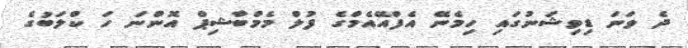
ދެ ވަނަ ޑިވިޝަނުގައި ހިމެނޭ އެފްއޭއެމްގެ ފުލް މެމްބާޝިޕް އޮންނަ ހަ ކްލަބުގެ